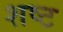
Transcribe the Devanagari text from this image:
शष्ट